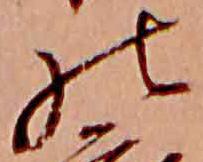
の